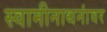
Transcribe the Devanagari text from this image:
स्वामीनाथनांवर